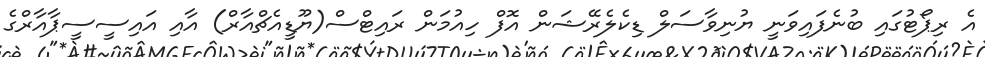
އެ ރިޕޯޓުގައި ބުނެފައިވަނީ ޔުނިވާސަލް ޑިކެލެރޭޝަން އޮފް ހިއުމަން ރައިޓްސް(ޔޫޑީއެޗްއާރް) އާއި އައިސީސީޕާއާރްގެ